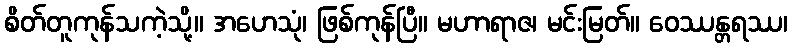
စိတ်တူကုန်သကဲ့သို့။ အဟေသုံ၊ ဖြစ်ကုန်ပြီ။ မဟာရာဇ၊ မင်းမြတ်။ ဝေဿန္တရဿ၊